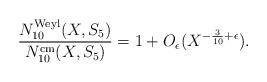
LaTeX: \begin{align*}\frac{N_{10}^{\mathrm{Weyl}}(X, S_5)}{N_{10}^{\mathrm{cm}}(X, S_5)} = 1 + O_{\epsilon}(X^{-\frac{3}{10} + \epsilon}).\end{align*}